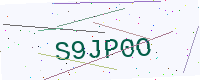
Text: S9JP0O